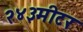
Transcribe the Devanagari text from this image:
२४३मीटर